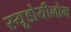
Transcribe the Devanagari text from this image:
स्यूडोयीलोम